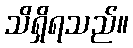
သိရှိရသည်။